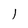
Character: 1